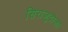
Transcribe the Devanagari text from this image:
सिराजुदोला